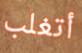
أتغلب